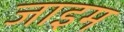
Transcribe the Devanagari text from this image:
जाइम